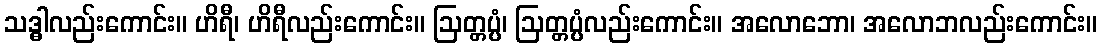
သဒ္ဓါလည်းကောင်း။ ဟိရီ၊ ဟိရီလည်းကောင်း။ ဩတ္တပ္ပံ၊ ဩတ္တပ္ပံလည်းကောင်း။ အလောဘော၊ အလောဘလည်းကောင်း။